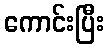
ကောင်းပြီး